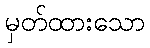
မှတ်ထားသော